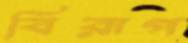
বিরূপ